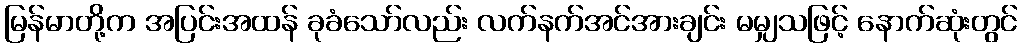
မြန်မာတို့က အပြင်းအထန် ခုခံသော်လည်း လက်နက်အင်အားချင်း မမျှသဖြင့် နောက်ဆုံးတွင်